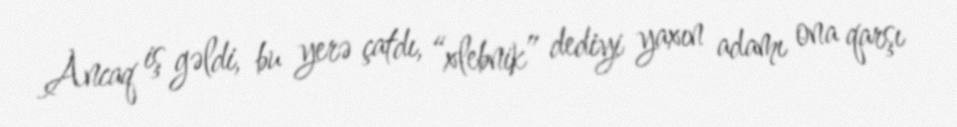
Ancaq iş gəldi, bu yerə çatdı, “xlebnik” dediyi yaxın adamı ona qarşı